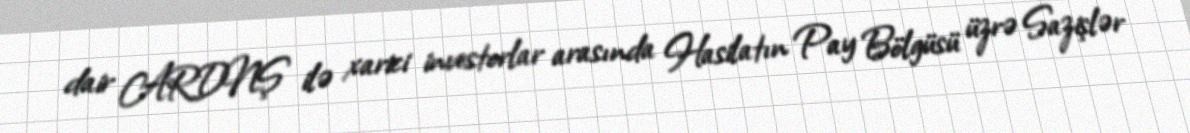
dair ARDNŞ ilə xarici investorlar arasında Hasilatın Pay Bölgüsü üzrə Sazişlər